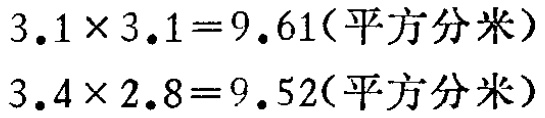
$3.1\times 3.1 = 9.61(平方分米)$

$3.4\times 2.8 = 9.52(平方分米)$